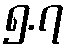
၅.၇